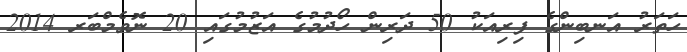
ހަތަރު އަނބިންގެ ފިރިއަކު 50 ދަރިން ހޯދުމުގެ އަޒުމުގައި 20 ނޮވެމްބަރ 2014